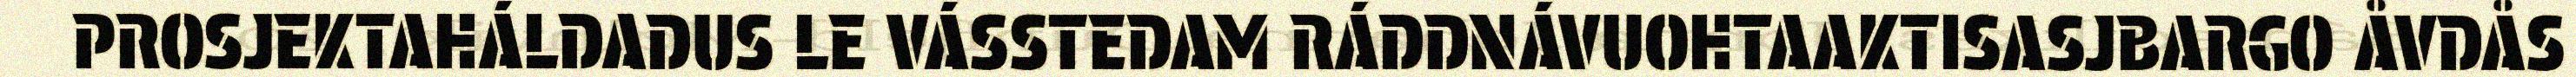
PROSJEKTAHÁLDADUS LE VÁSSTEDAM RÁDDNÁVUOHTAAKTISASJBARGO ÅVDÅS